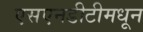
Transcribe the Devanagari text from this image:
एसएनडीटीमधून